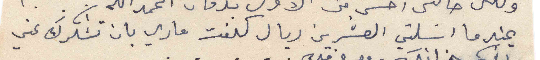
عندما ارسلتي العشرين ريال كلفت ماري بان تشكرك عني